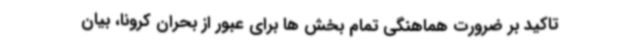
تاکید بر ضرورت هماهنگی تمام بخش ها برای عبور از بحران کرونا، بیان